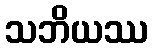
သဘိယဿ